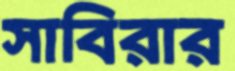
সাবিরার